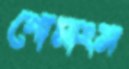
গোমাংস